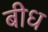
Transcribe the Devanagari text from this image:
बीध